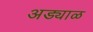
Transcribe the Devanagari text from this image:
अड्याळ